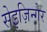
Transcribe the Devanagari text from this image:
सेइज़िन्गेर